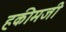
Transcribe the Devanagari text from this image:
हकीमजी